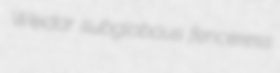
Weidar subglobous fenceress